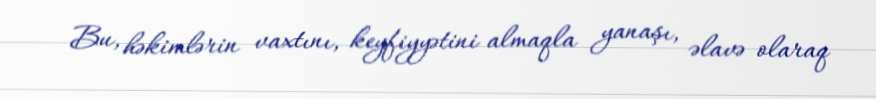
Bu, həkimlərin vaxtını, keyfiyyətini almaqla yanaşı, əlavə olaraq